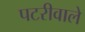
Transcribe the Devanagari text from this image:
पटरीवाले